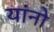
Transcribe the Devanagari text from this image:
यांनो